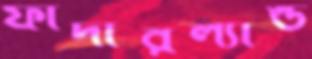
ফাদারল্যান্ড